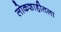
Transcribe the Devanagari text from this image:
लोकशाहीतला